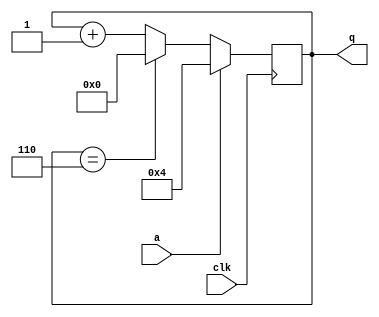
module top_module (
    input clk,
    input a,
    output [3:0] q );
    always@(posedge clk)
        begin
            if(!a) 
            begin 
                if(q == 4'd6) q<=4'd0;
                else q<=q+4'd1;
            end
            else q<=4'd4;
        end
endmodule